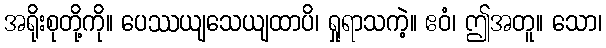
အရိုးစုတို့ကို။ ပေဿယျသေယျထာပိ၊ ရှုရာသကဲ့။ ဧဝံ၊ ဤအတူ။ သော၊